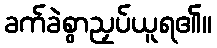
ခက်ခဲစွာညှပ်ယူရ၏။